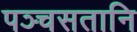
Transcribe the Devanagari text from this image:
पञ्चसतानि